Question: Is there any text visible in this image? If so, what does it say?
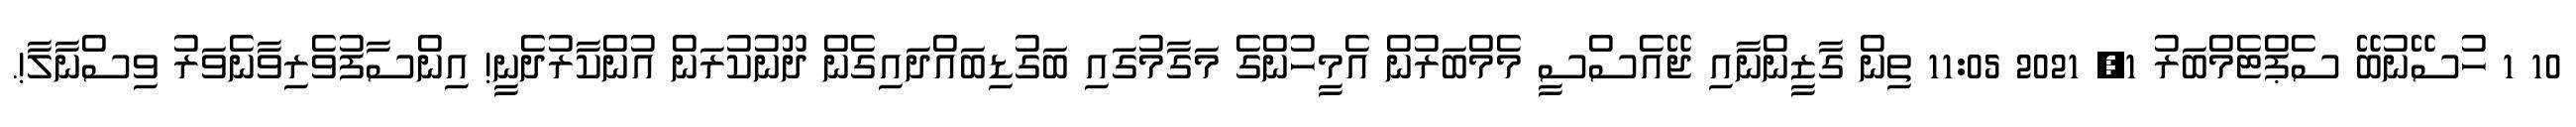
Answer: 10 1 ހުސޭނުބޭ ސެޕްޓެމްބަރު 1, 2021 11:05 ތިން ގާޒީންނާއި ޖޭއެސްސީ މެމްބަރުން އެމީހުންގެ މަގާމުގައި ބަގުޑިބައްދައިގެން ދޫނުކުރަން އުންކާރުދެނީ! އިންސާފުވެރިވާނެވަރު ވިސްނާލާ!.